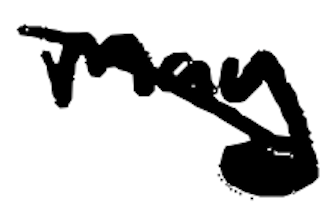
Text: may
Cross-out: diagonal
Writing tool: digital_black